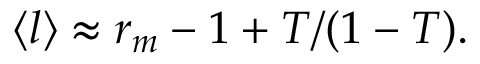
\langle l \rangle \approx r _ { m } - 1 + T / ( 1 - T ) .